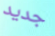
جديد